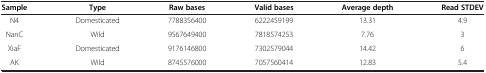
| Sample | Type | Raw bases | Valid bases | Average depth | Read STDEV |
 | --- | --- | --- | --- | --- | --- |
 | N4 | Domesticated | 7788356400 | 6222459199 | 13.31 | 4.9 |
 | NanC | Wild | 9567649400 | 7818574253 | 7.76 | 3 |
 | XiaF | Domesticated | 9176146800 | 7302579044 | 14.42 | 6 |
 | AK | Wild | 8745576000 | 7057560414 | 12.83 | 5.4 |